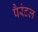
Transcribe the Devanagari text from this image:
पैरंटल